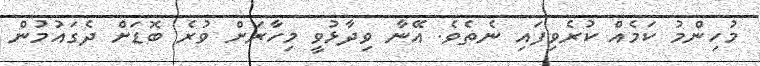
މުހިންމު ކަމެއް ކުރެވިފައި ނެތެވެ. އޭނާ ވިދާޅުވީ މިހާރަށް ވުރެ ބޮޑަށް ދެގައުމުން